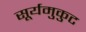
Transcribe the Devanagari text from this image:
सूर्यमुकुट